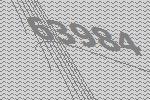
63984